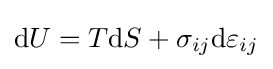
\mathrm {d} U=T\mathrm {d} S+\sigma _{ij}\mathrm {d} \varepsilon _{ij}